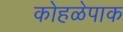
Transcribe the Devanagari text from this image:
कोहळेपाक